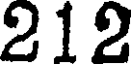
212